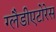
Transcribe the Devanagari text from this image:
ग्लैडीएटोरेस